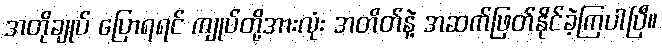
အတိုချုပ် ပြောရရင် ကျုပ်တို့အားလုံး အတိတ်နဲ့ အဆက်ဖြတ်နိုင်ခဲ့ကြပါပြီ။